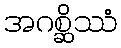
အဂစ္ဆိဿံ